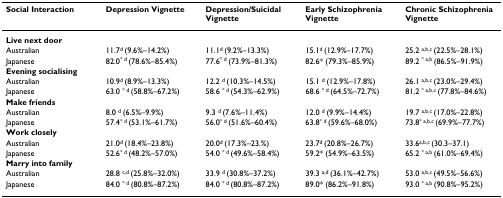
<table><thead><tr><td><b>Social Interaction</b></td><td><b>Depression Vignette</b></td><td><b>Depression/Suicidal Vignette</b></td><td><b>Early Schizophrenia Vignette</b></td><td><b>Chronic Schizophrenia Vignette</b></td></tr></thead><tbody><tr><td colspan="5"><b>Live next door</b></td></tr><tr><td>Australian</td><td>11.7<sup>d </sup>(9.6%–14.2%)</td><td>11.1<sup>d </sup>(9.2%–13.3%)</td><td>15.1<sup>d </sup>(12.9%–17.7%)</td><td>25.2 <sup>a,b,c </sup>(22.5%–28.1%)</td></tr><tr><td>Japanese</td><td>82.0<sup>* d </sup>(78.6%–85.4%)</td><td>77.6<sup>* d </sup>(73.9%–81.3%)</td><td>82.6* (79.3%–85.9%)</td><td>89.2 <sup>* a,b </sup>(86.5%–91.9%)</td></tr><tr><td colspan="5"><b>Evening socialising</b></td></tr><tr><td>Australian</td><td>10.9<sup>d </sup>(8.9%–13.3%)</td><td>12.2 <sup>d </sup>(10.3%–14.5%)</td><td>15.1 <sup>d </sup>(12.9%–17.8%)</td><td>26.1 <sup>a,b,c </sup>(23.0%–29.4%)</td></tr><tr><td>Japanese</td><td>63.0 <sup>* d </sup>(58.8%–67.2%)</td><td>58.6 <sup>* d </sup>(54.3%–62.9%)</td><td>68.6 <sup>* d </sup>(64.5%–72.7%)</td><td>81.2 <sup>* a,b,c </sup>(77.8%–84.6%)</td></tr><tr><td colspan="5"><b>Make friends</b></td></tr><tr><td>Australian</td><td>8.0 <sup>d </sup>(6.5%–9.9%)</td><td>9.3 <sup>d </sup>(7.6%–11.4%)</td><td>12.0 <sup>d </sup>(9.9%–14.4%)</td><td>19.7 <sup>a,b,c </sup>(17.0%–22.8%)</td></tr><tr><td>Japanese</td><td>57.4<sup>* d </sup>(53.1%–61.7%)</td><td>56.0<sup>* d </sup>(51.6%–60.4%)</td><td>63.8<sup>* d </sup>(59.6%–68.0%)</td><td>73.8<sup>* a,b,c </sup>(69.9%–77.7%)</td></tr><tr><td colspan="5"><b>Work closely</b></td></tr><tr><td>Australian</td><td>21.0<sup>d </sup>(18.4%–23.8%)</td><td>20.0<sup>d </sup>(17.3%–23.%)</td><td>23.7<sup>d </sup>(20.8%–26.7%)</td><td>33.6<sup>a,b,c </sup>(30.3–37.1)</td></tr><tr><td>Japanese</td><td>52.6<sup>* d </sup>(48.2%–57.0%)</td><td>54.0 <sup>* d </sup>(49.6%–58.4%)</td><td>59.2* (54.9%–63.5%)</td><td>65.2 <sup>* a,b </sup>(61.0%–69.4%)</td></tr><tr><td colspan="5"><b>Marry into family</b></td></tr><tr><td>Australian</td><td>28.8 <sup>c,d </sup>(25.8%–32.0%)</td><td>33.9 <sup>d </sup>(30.8%–37.2%)</td><td>39.3 <sup>a,d </sup>(36.1%–42.7%)</td><td>53.0 <sup>a,b,c </sup>(49.5%–56.6%)</td></tr><tr><td>Japanese</td><td>84.0 <sup>* d </sup>(80.8%–87.2%)</td><td>84.0 <sup>* d </sup>(80.8%–87.2%)</td><td>89.0* (86.2%–91.8%)</td><td>93.0 <sup>* a,b </sup>(90.8%–95.2%)</td></tr></tbody></table>